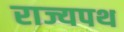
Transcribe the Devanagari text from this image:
राज्यपथ